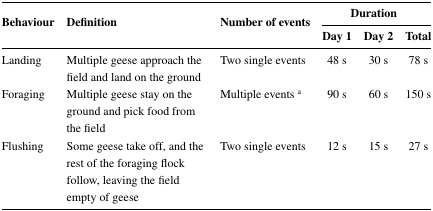
| <ROWSPAN=2> Behaviour | <ROWSPAN=2> Definition | <ROWSPAN=2> Number of events | <COLSPAN=3> Duration |
 | Day 1 | Day 2 | Total |
 | --- | --- | --- | --- | --- | --- |
 | Landing | Multiple geese approach the field and land on the ground | Two single events | 48 s | 30 s | 78 s |
 | Foraging | Multiple geese stay on the ground and pick food from the field | Multiple events a | 90 s | 60 s | 150 s |
 | Flushing | Some geese take off, and the rest of the foraging flock follow, leaving the field empty of geese | Two single events | 12 s | 15 s | 27 s |